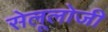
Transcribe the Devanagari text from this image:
सेलूलोजी